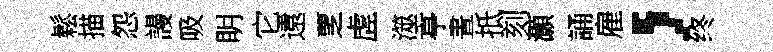
鬆描怨謾吸眀它遠覂虗澨亭晝抵刻灝誦雇，终